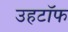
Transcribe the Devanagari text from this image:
उहटॉफ